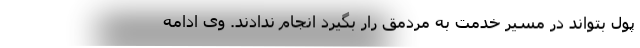
پول بتواند در مسیر خدمت به مردمق رار بگیرد انجام ندادند. وی ادامه